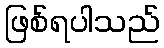
ဖြစ်ရပါသည်